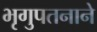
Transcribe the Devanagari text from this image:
भृगुपतनाने